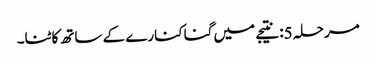
مرحلہ 5: نتیجے میں گنا کنارے کے ساتھ کاٹنا۔